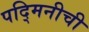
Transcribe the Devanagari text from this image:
पद्मिनीची